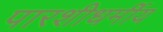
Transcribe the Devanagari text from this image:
पारशीधर्मीय